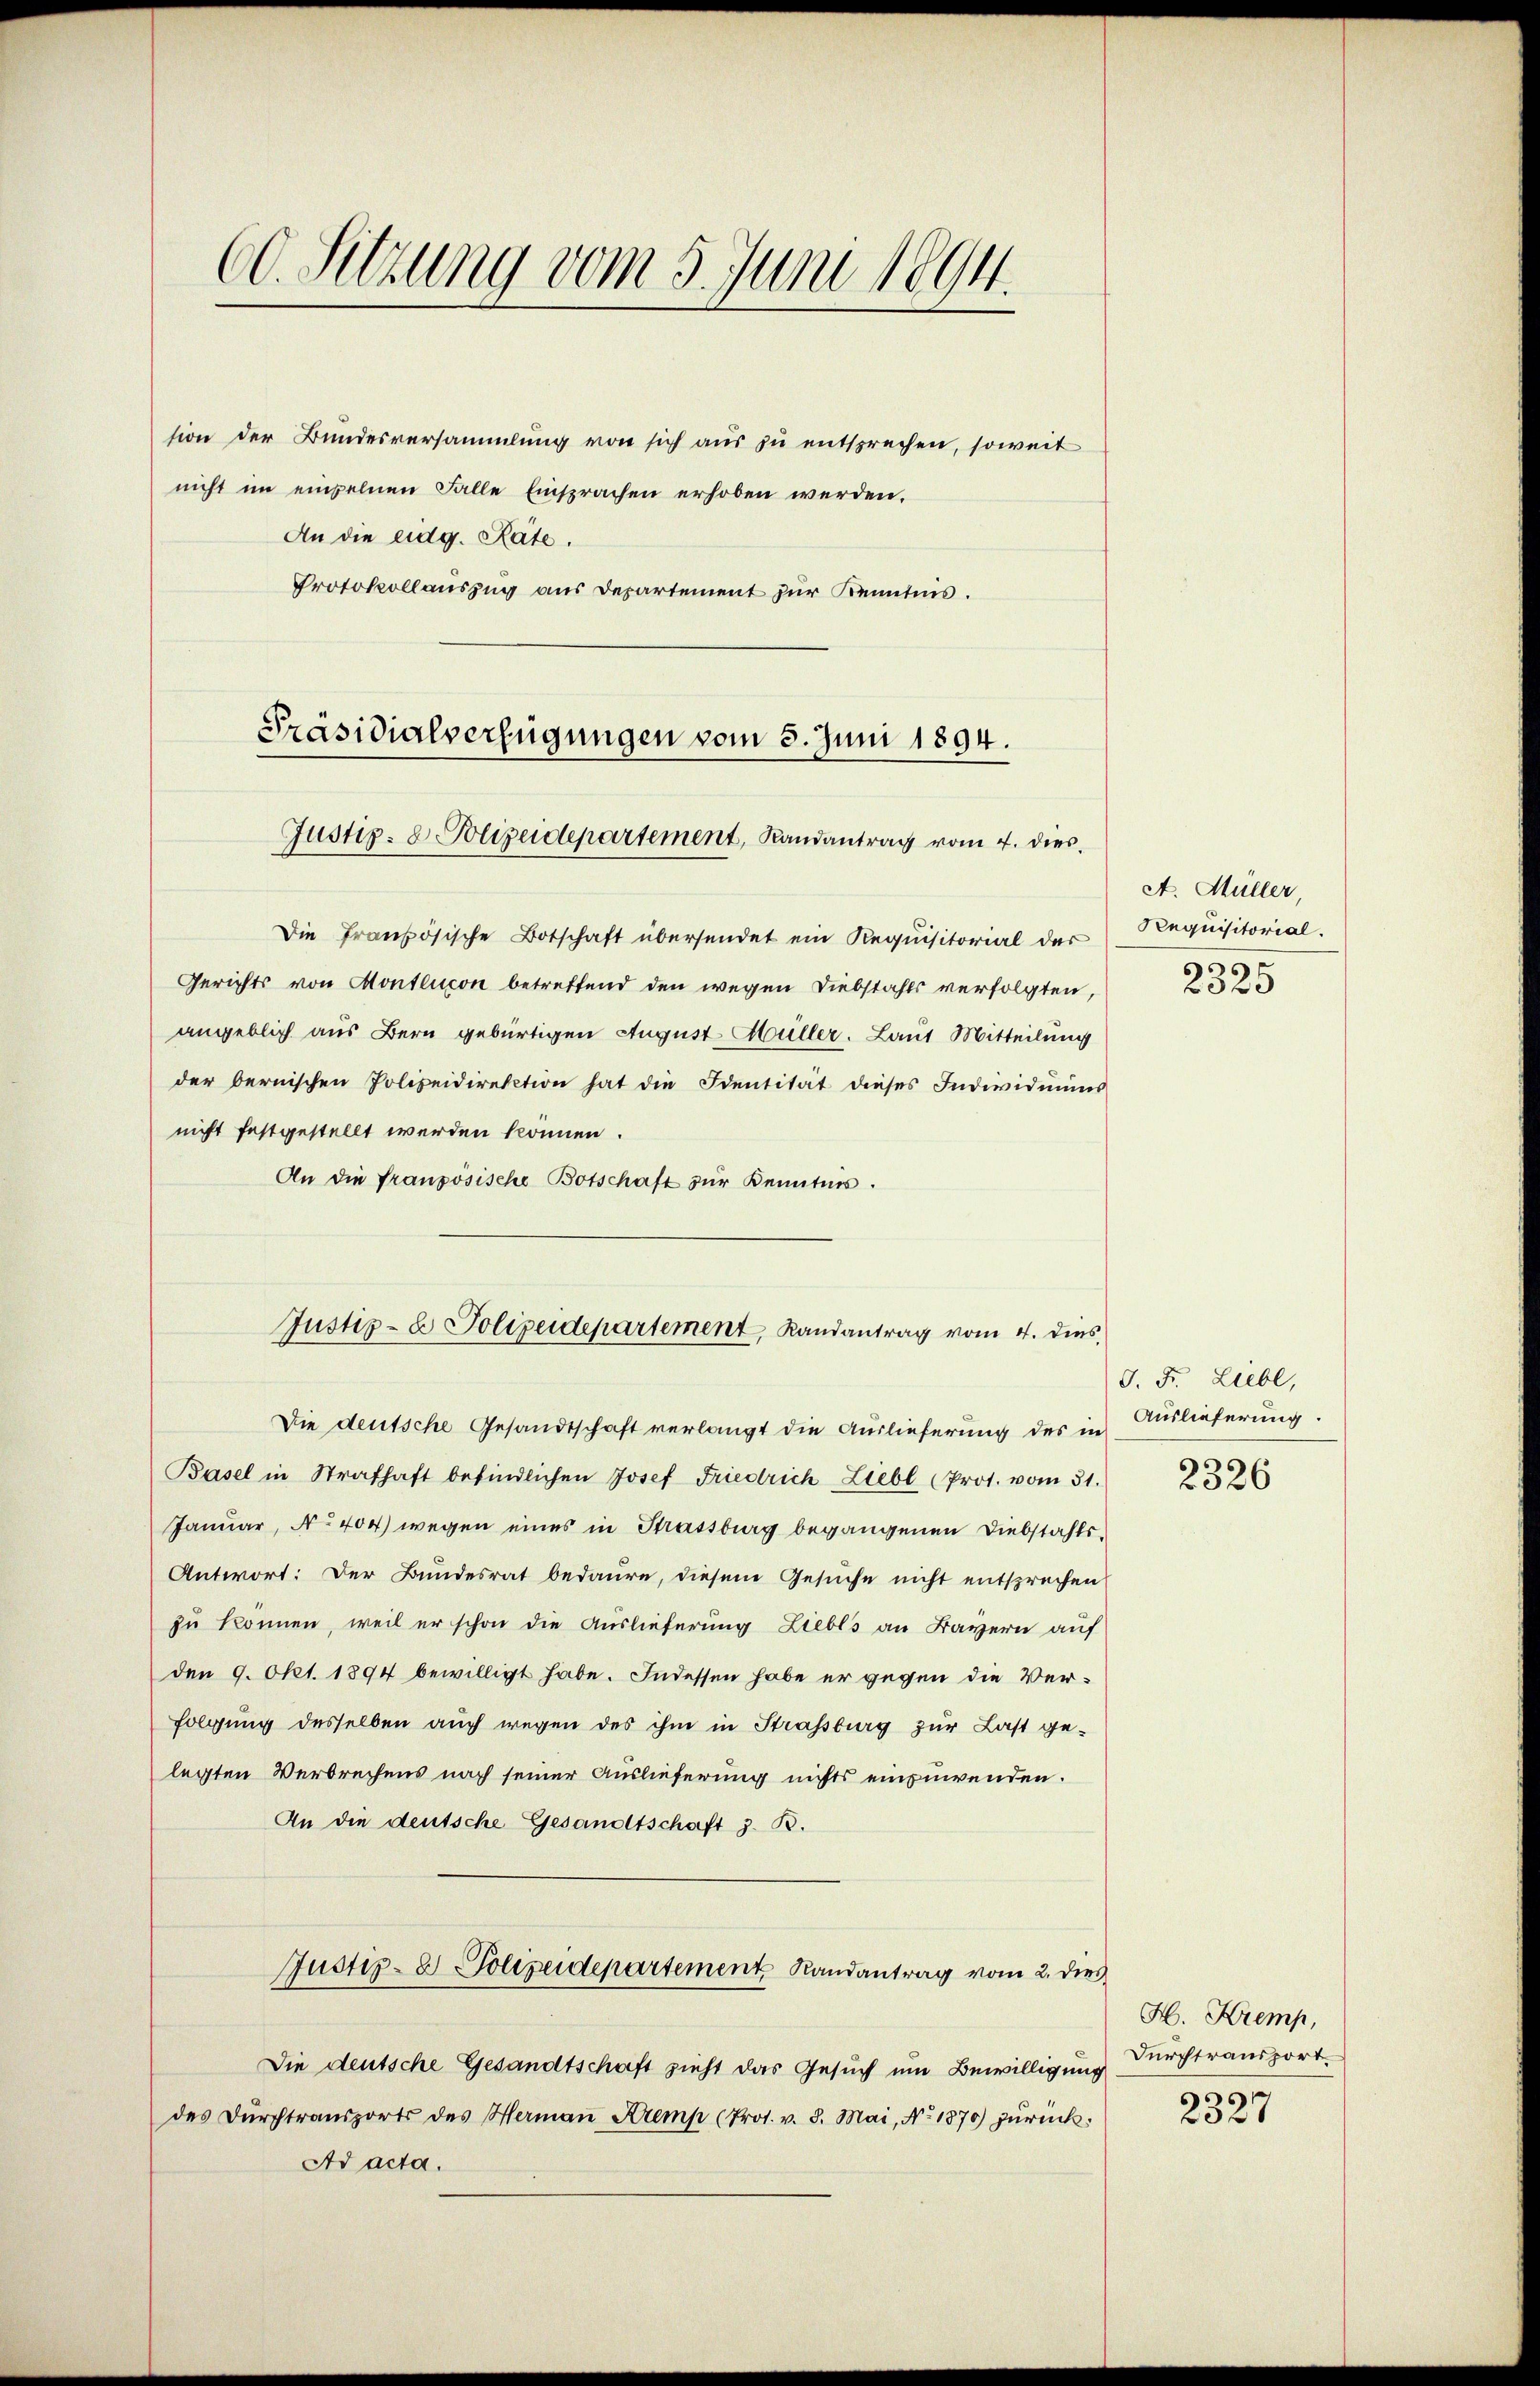
60. Sitzung vom 5. Juni 1894.

sion der Bundesversammlung von sich aus zu entsprechen, soweit
nicht im einzelnen Falle Einsprachen erhoben werden.
An die eidg. Räte.
Protokollauszug aus Departement zur Kenntnis.
Justiz- & Polizeidepartement, Randantrag vom 4. dies
Die französische Botschaft übersendet ein Requisitorial des
Gerichts von Montlucon betreffend den wegen Diebstahls verfolgten,
angeblich aus Bern gebürtigen August Müller. Laut Mitteilung
der bernischen Polizeidirektion hat die Identität dieses Individuums
nicht festgestellt werden können.
An die französische Botschaft zur Kenntnis.
Justiz- & Polizeidepartement, Landantrag vom 4. dies
Die deutsche Gesandtschaft verlangt die Auslieferung des in Auslieferung.
Basel in Strafhaft befindlichen Josef Friedrich Liebl (Prot. vom 31.
Januar, No 404) wegen eines in Strassburg begangenen Diebstahls¬
Antwort: Der Bundesrat bedaure, diesem Gesuche nicht entsprechen
zu können, weil er schon die Auslieferung Liebes an Bayern auf
den 9. Okt. 1894 bewilligt habe. Indessen habe er gegen die Verfolgung desselben auch wegen des ihm in Strassburg zur Last gelegten Verbrechens nach seiner Auslieferung nichts einzuwenden.
An die deutsche Gesandtschaft z. B.
Justiz- & Polizeidepartement Randantrag vom 2. dies
Die deutsche Gesandtschaft zieht das Gesuch um Bewilligung
des Dŭrchtransports des Hermaṅ Kremp (Prot. v. 3. Mai, No. 1870) zŭrück¬
Ad acta.

Präsidialverfügungen vom 3. Juni 1894.

A. Müller,
Requisitorial.
¬
2020

J. F. Liebe,

2326

H. Kremp,
Durchtransport.
s
2327